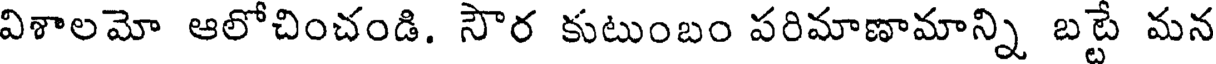
విశాలమో ఆలోచించండి. సౌర కుటుంబం పరిమాణామాన్ని బట్టే మన